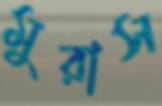
মুরাস